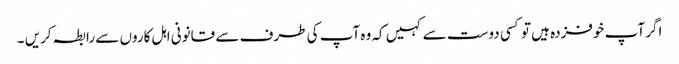
اگر آپ خوفزدہ ہیں تو کسی دوست سے کہیں کہ وہ آپ کی طرف سے قانونی اہل کاروں سے رابطہ کریں ۔